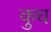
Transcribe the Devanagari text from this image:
कुध